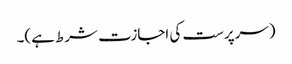
(سرپرست کی اجازت شرط ہے)۔